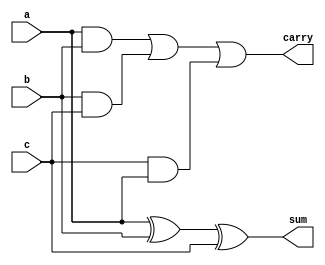
`timescale 1ns / 1ps
//////////////////////////////////////////////////////////////////////////////////
// Company: 
// Engineer: 
// 
// Design Name: 
// Module Name:    full_adder 
// Project Name: 
// Target Devices: 
// Tool versions: 
// Description: 
//
// Dependencies: 
//
// Revision: 
// Revision 0.01 - File Created
// Additional Comments: 
//
//////////////////////////////////////////////////////////////////////////////////
module full_adder(
    input a,
    input b,
    input c,
    output sum,
    output carry
    );

assign sum= a ^ b ^ c;
assign carry = a&b | b&c | c&a;
endmodule